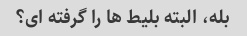
بله، البته بلیط ها را گرفته ای؟